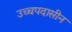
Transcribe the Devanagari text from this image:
उच्चपदासीन